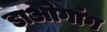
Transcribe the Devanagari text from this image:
डाओगांग